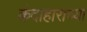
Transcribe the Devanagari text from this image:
कंदाहाराच्या